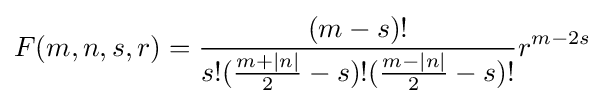
F(m,n,s,r)={\frac {(m-s)!}{s!({\frac {m+|n|}{2}}-s)!({\frac {m-|n|}{2}}-s)!}}r^{m-2s}